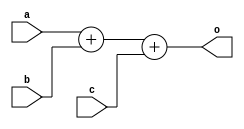
module AL_MAP_ADDER (
  input a,
  input b,
  input c,
  output [1:0] o
);
	parameter ALUTYPE = "ADD";
	generate
		case (ALUTYPE)
			"ADD": 		 assign o = a + b + c;
			"SUB": 		 assign o = a - b - c;
			"A_LE_B":    assign o = a - b - c;
			"ADD_CARRY":    assign o = {  a, 1'b0 };
			"SUB_CARRY":    assign o = { ~a, 1'b0 };
			"A_LE_B_CARRY": assign o = {  a, 1'b0 };
			default: assign o = a + b + c;
		endcase
	endgenerate	
endmodule